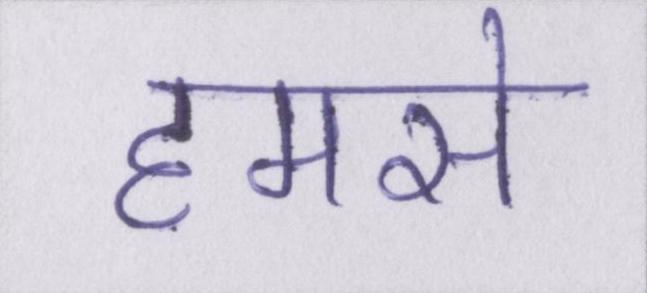
हमसे